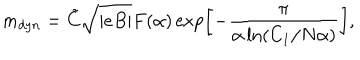
m _ { d y n } = \tilde { C } \sqrt { | e B | } F ( \alpha ) \exp \left[ - \frac { \pi } { \alpha \ln \left( C _ { 1 } / N \alpha \right) } \right] ,